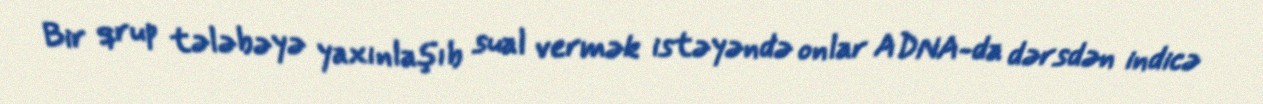
Bir qrup tələbəyə yaxınlaşıb sual vermək istəyəndə onlar ADNA-da dərsdən indicə